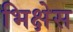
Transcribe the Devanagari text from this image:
भिक्षेस